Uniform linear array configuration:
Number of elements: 4
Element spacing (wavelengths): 0.75
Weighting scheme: kaiser
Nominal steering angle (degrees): -60
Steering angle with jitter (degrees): -60.84
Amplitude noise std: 0.05
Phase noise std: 0.05

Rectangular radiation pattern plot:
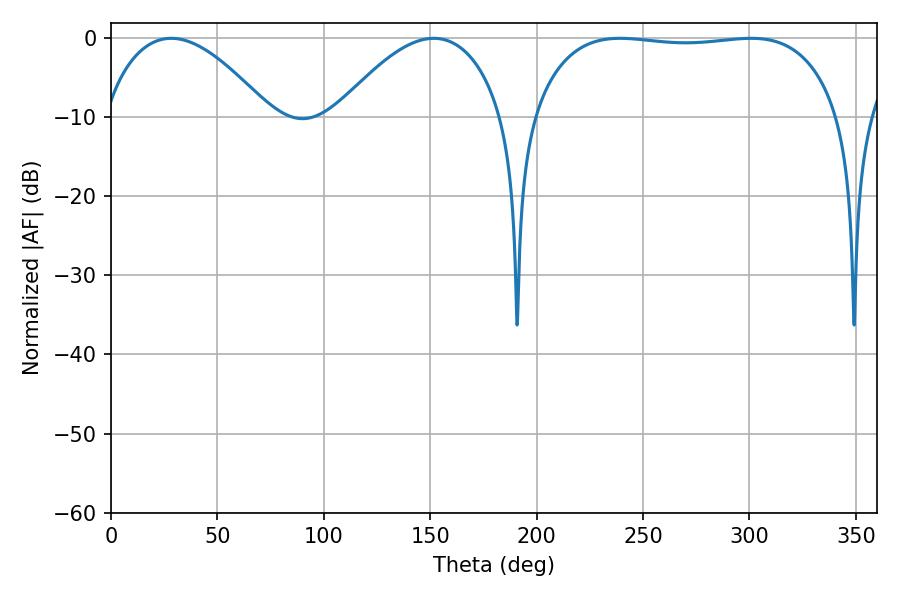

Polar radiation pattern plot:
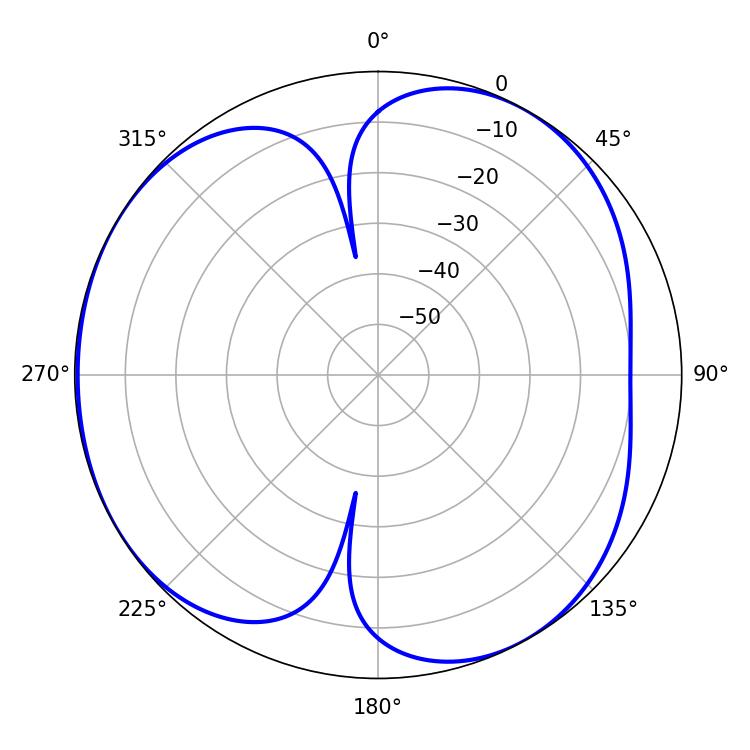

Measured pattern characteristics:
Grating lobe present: TRUE
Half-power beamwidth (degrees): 114.48
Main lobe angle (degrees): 239.22